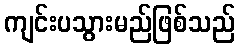
ကျင်းပသွားမည်ဖြစ်သည်